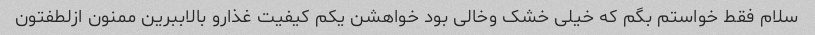
سلام فقط خواستم بگم که خیلی خشک وخالی بود خواهشن یکم کیفیت غذارو بالاببرین ممنون ازلطفتون